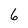
Character: 6